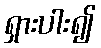
ရှားပါး၍